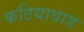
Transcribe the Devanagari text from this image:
कठियावाड